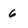
Character: 6